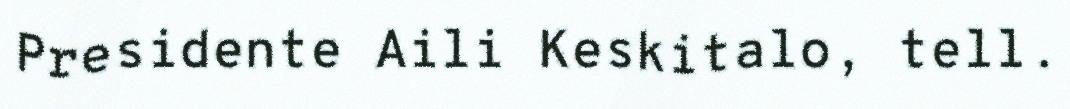
Presidente Aili Keskitalo, tell.